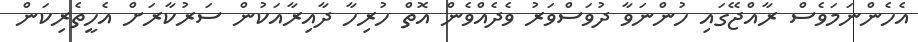
އެހެންނަމަވެސް ރާއްޖޭގައި ހުންނަވާ ދުވަސްވަރު ވެދެއްވެން އޮތް ހުރިހާ ދާއިރާއަކުން ސަރުކާރަށް އެހީތެރިކަން